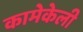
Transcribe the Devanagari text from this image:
कामेकेली